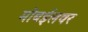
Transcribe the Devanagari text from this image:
मोबईलवर